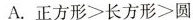
A.$$正 方 形 > 长 方 形 > 圆$$